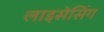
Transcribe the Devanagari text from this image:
लाइसेसिंग